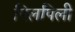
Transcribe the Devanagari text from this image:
पिलपिली